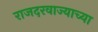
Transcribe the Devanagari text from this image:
राजदरवाज्याच्या